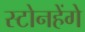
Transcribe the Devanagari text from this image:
स्टोनहेंगे